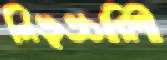
নিভৃতচারিণী